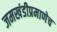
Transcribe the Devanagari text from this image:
जमखंडीप्रमाणेच